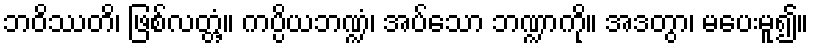
ဘဝိဿတိ၊ ဖြစ်လတ္တံ့။ ကပ္ပိယဘဏ္ဍံ၊ အပ်သော ဘဏ္ဍာကို။ အဒတွာ၊ မပေးမူ၍။